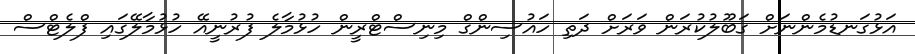
އަޅުގަނޑުމެންނަށް ގަބޫލުކުރަން ވަރަށް ދަތި ހައުސިންގް މިނިސްޓްރީން ހުޅުމާލެ ފުރުނީއޭ ހުޅުމާލޭގައި ފްލެޓްސް